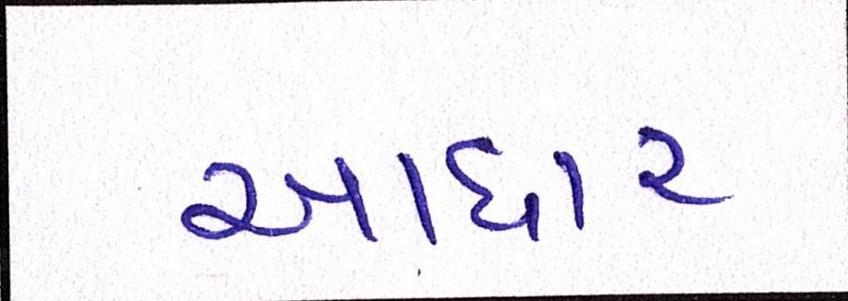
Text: આધાર